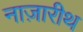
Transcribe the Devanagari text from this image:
नाज़ारीथ